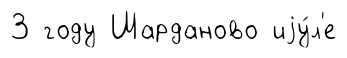
3 году Шарданово иjу́л'е